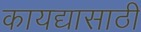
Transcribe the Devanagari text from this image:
कायद्यासाठी